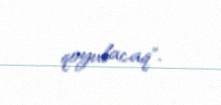
qoyulacaq".